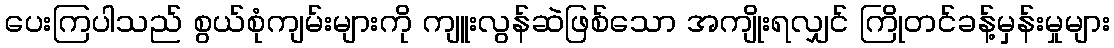
ပေးကြပါသည် စွယ်စုံကျမ်းများကို ကျူးလွန်ဆဲဖြစ်သော အကျိုးရလျှင် ကြိုတင်ခန့်မှန်းမှုများ